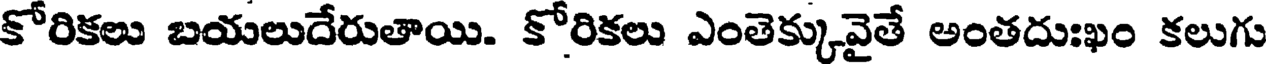
కోరికలు బయలుదేరుతాయి. కోరికలు ఎంతెక్కువైతే అంతదుఃఖం కలుగు